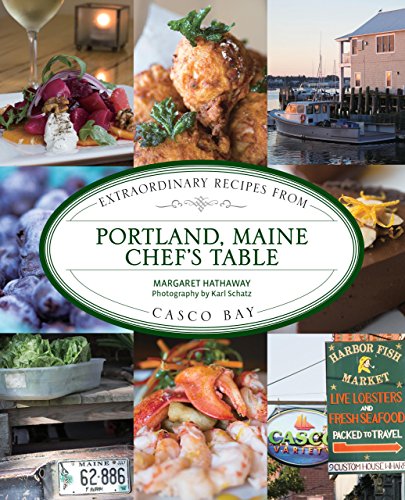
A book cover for Portland, Maine Chef's Table: Extraordinary Recipes From Casco Bay; Margaret Hathaway; Cookbooks, Food & Wine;